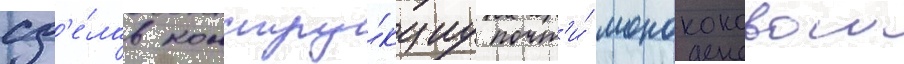
сд'е́лав констру́кциу почт'и́ монококовои